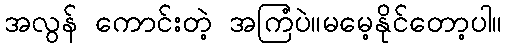
အလွန် ကောင်းတဲ့ အကြံပဲ။မမေ့နိုင်တော့ပါ။